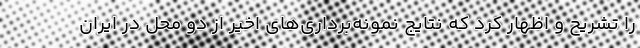
را تشریح و اظهار کرد که نتایج نمونه‌برداری‌های اخیر از دو محل در ایران